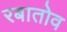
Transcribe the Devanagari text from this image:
रबातोव